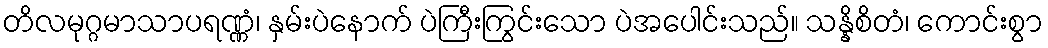
တိလမုဂ္ဂမာသာပရဏ္ဏံ၊ နှမ်းပဲနောက် ပဲကြီးကြွင်းသော ပဲအပေါင်းသည်။ သန္နိစိတံ၊ ကောင်းစွာ